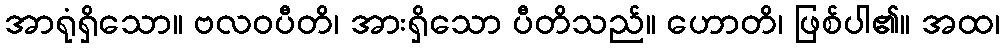
အာရုံရှိသော။ ဗလဝပီတိ၊ အားရှိသော ပီတိသည်။ ဟောတိ၊ ဖြစ်ပါ၏။ အထ၊